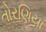
તોરણિયા